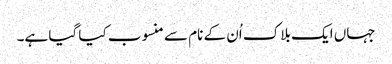
جہاں ایک بلاک اُن کے نام سے منسوب کیا گیا ہے۔